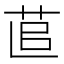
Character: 𦯭